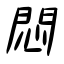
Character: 悶